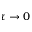
\tau \rightarrow 0